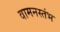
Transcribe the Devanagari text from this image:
वामनस्तंभ